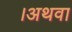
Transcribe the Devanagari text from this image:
।अथवा